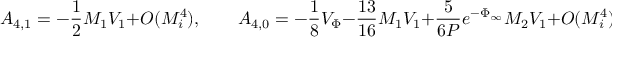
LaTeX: A _ { 4 , 1 } = - \frac { 1 } { 2 } M _ { 1 } V _ { 1 } + O ( M _ { i } ^ { 4 } ) , \qquad A _ { 4 , 0 } = - \frac { 1 } { 8 } V _ { \Phi } - \frac { 1 3 } { 1 6 } M _ { 1 } V _ { 1 } + \frac { 5 } { 6 P } e ^ { - \Phi _ { \infty } } M _ { 2 } V _ { 1 } + O ( M _ { i } ^ { 4 } ) , \, [ 2 m m ]